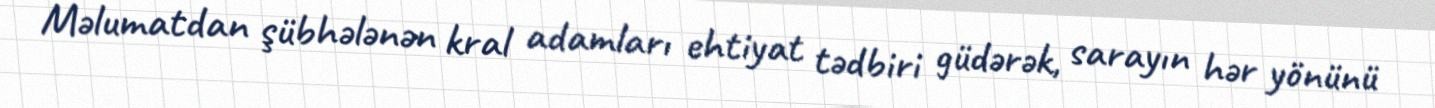
Məlumatdan şübhələnən kral adamları ehtiyat tədbiri güdərək, sarayın hər yönünü